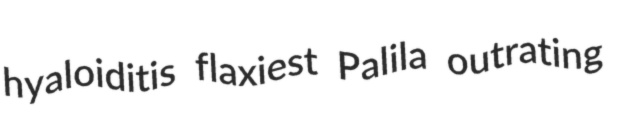
hyaloiditis flaxiest Palila outrating